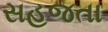
સહજતા